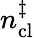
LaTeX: n_{\mathrm{cl}}^{\ddagger}